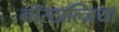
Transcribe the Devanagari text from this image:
नॉस्टाल्जिया